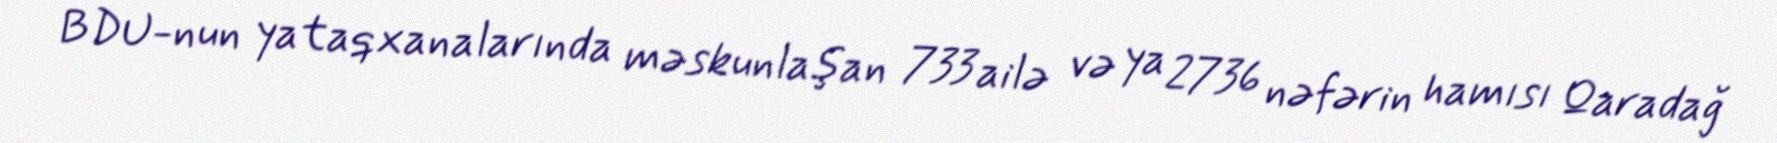
BDU-nun yataqxanalarında məskunlaşan 733 ailə və ya 2736 nəfərin hamısı Qaradağ